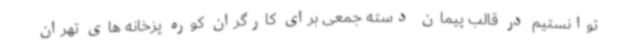
توانستیم در قالب پیمان دسته جمعی برای کارگران کوره پزخانه های تهران